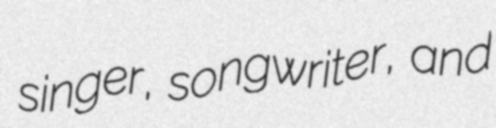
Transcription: singer, songwriter, and